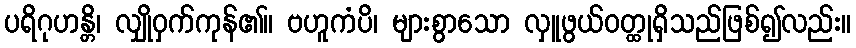
ပရိဂုဟန္တိ၊ လျှိုဝှက်ကုန်၏။ ဗဟူကံပိ၊ များစွာသော လှူဖွယ်ဝတ္ထုရှိသည်ဖြစ်၍လည်း။